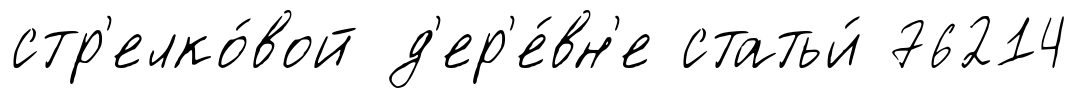
стр'елко́вой д'ер'е́вн'е статьи́ 76214